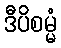
ဒီပိစမ္မံ